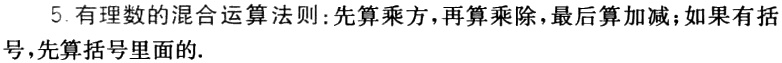
5. 有理数的混合运算法则: 先算乘方，再算乘除，最后算加减；如果有括号，先算括号里面的.